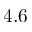
4 . 6